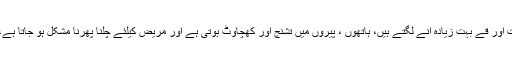
انہوںنے بتایاکہ بروقت علاج شروع نہ کیے جانے سے یہ علامات شدت اختیار کر لیتی ہیں یعنی دست اور قے بہت زیادہ آنے لگتے ہیں، ہاتھوں ، پیروں میں تشنج اور کھچاوٹ ہوتی ہے اور مریض کیلئے چلنا پھرنا مشکل ہو جاتا ہے، جسم سے ضروری پانی کے اخراج کے بعد مریض سستی محسوس کرتا ہے، کمزوری ہو جاتی ہے۔